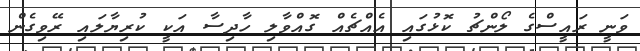
ވަނީ ރައީސްގެ ލޯންޗު ކޮޅުގައި އެއްޗެއް ގޮއްވާލި ހާދިސާ އަކީ ކުރިޔާލައި ރޭވިގެން